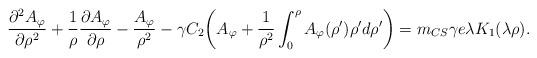
LaTeX: \begin{align*} \frac{\partial^2 A_\varphi}{\partial \rho^2}+ \frac{1}{\rho} \frac{\partial A_\varphi}{\partial \rho}- \frac{A_\varphi}{\rho^2}- \gamma C_2\bigg(A_\varphi+ \frac{1}{\rho^2} \int^{\rho}_{0}A_\varphi(\rho^{\prime}) \rho^{\prime}d\rho^{\prime}\bigg)= m_{CS}\gamma e\lambda K_1(\lambda \rho).\end{align*}